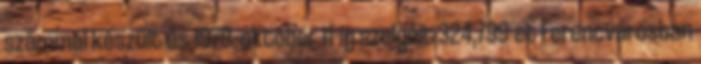
számmal készült és 1979. október 11-ig szolgált 324,799-et Ferencvárosban